Martna_vallavalitsus, lk 23
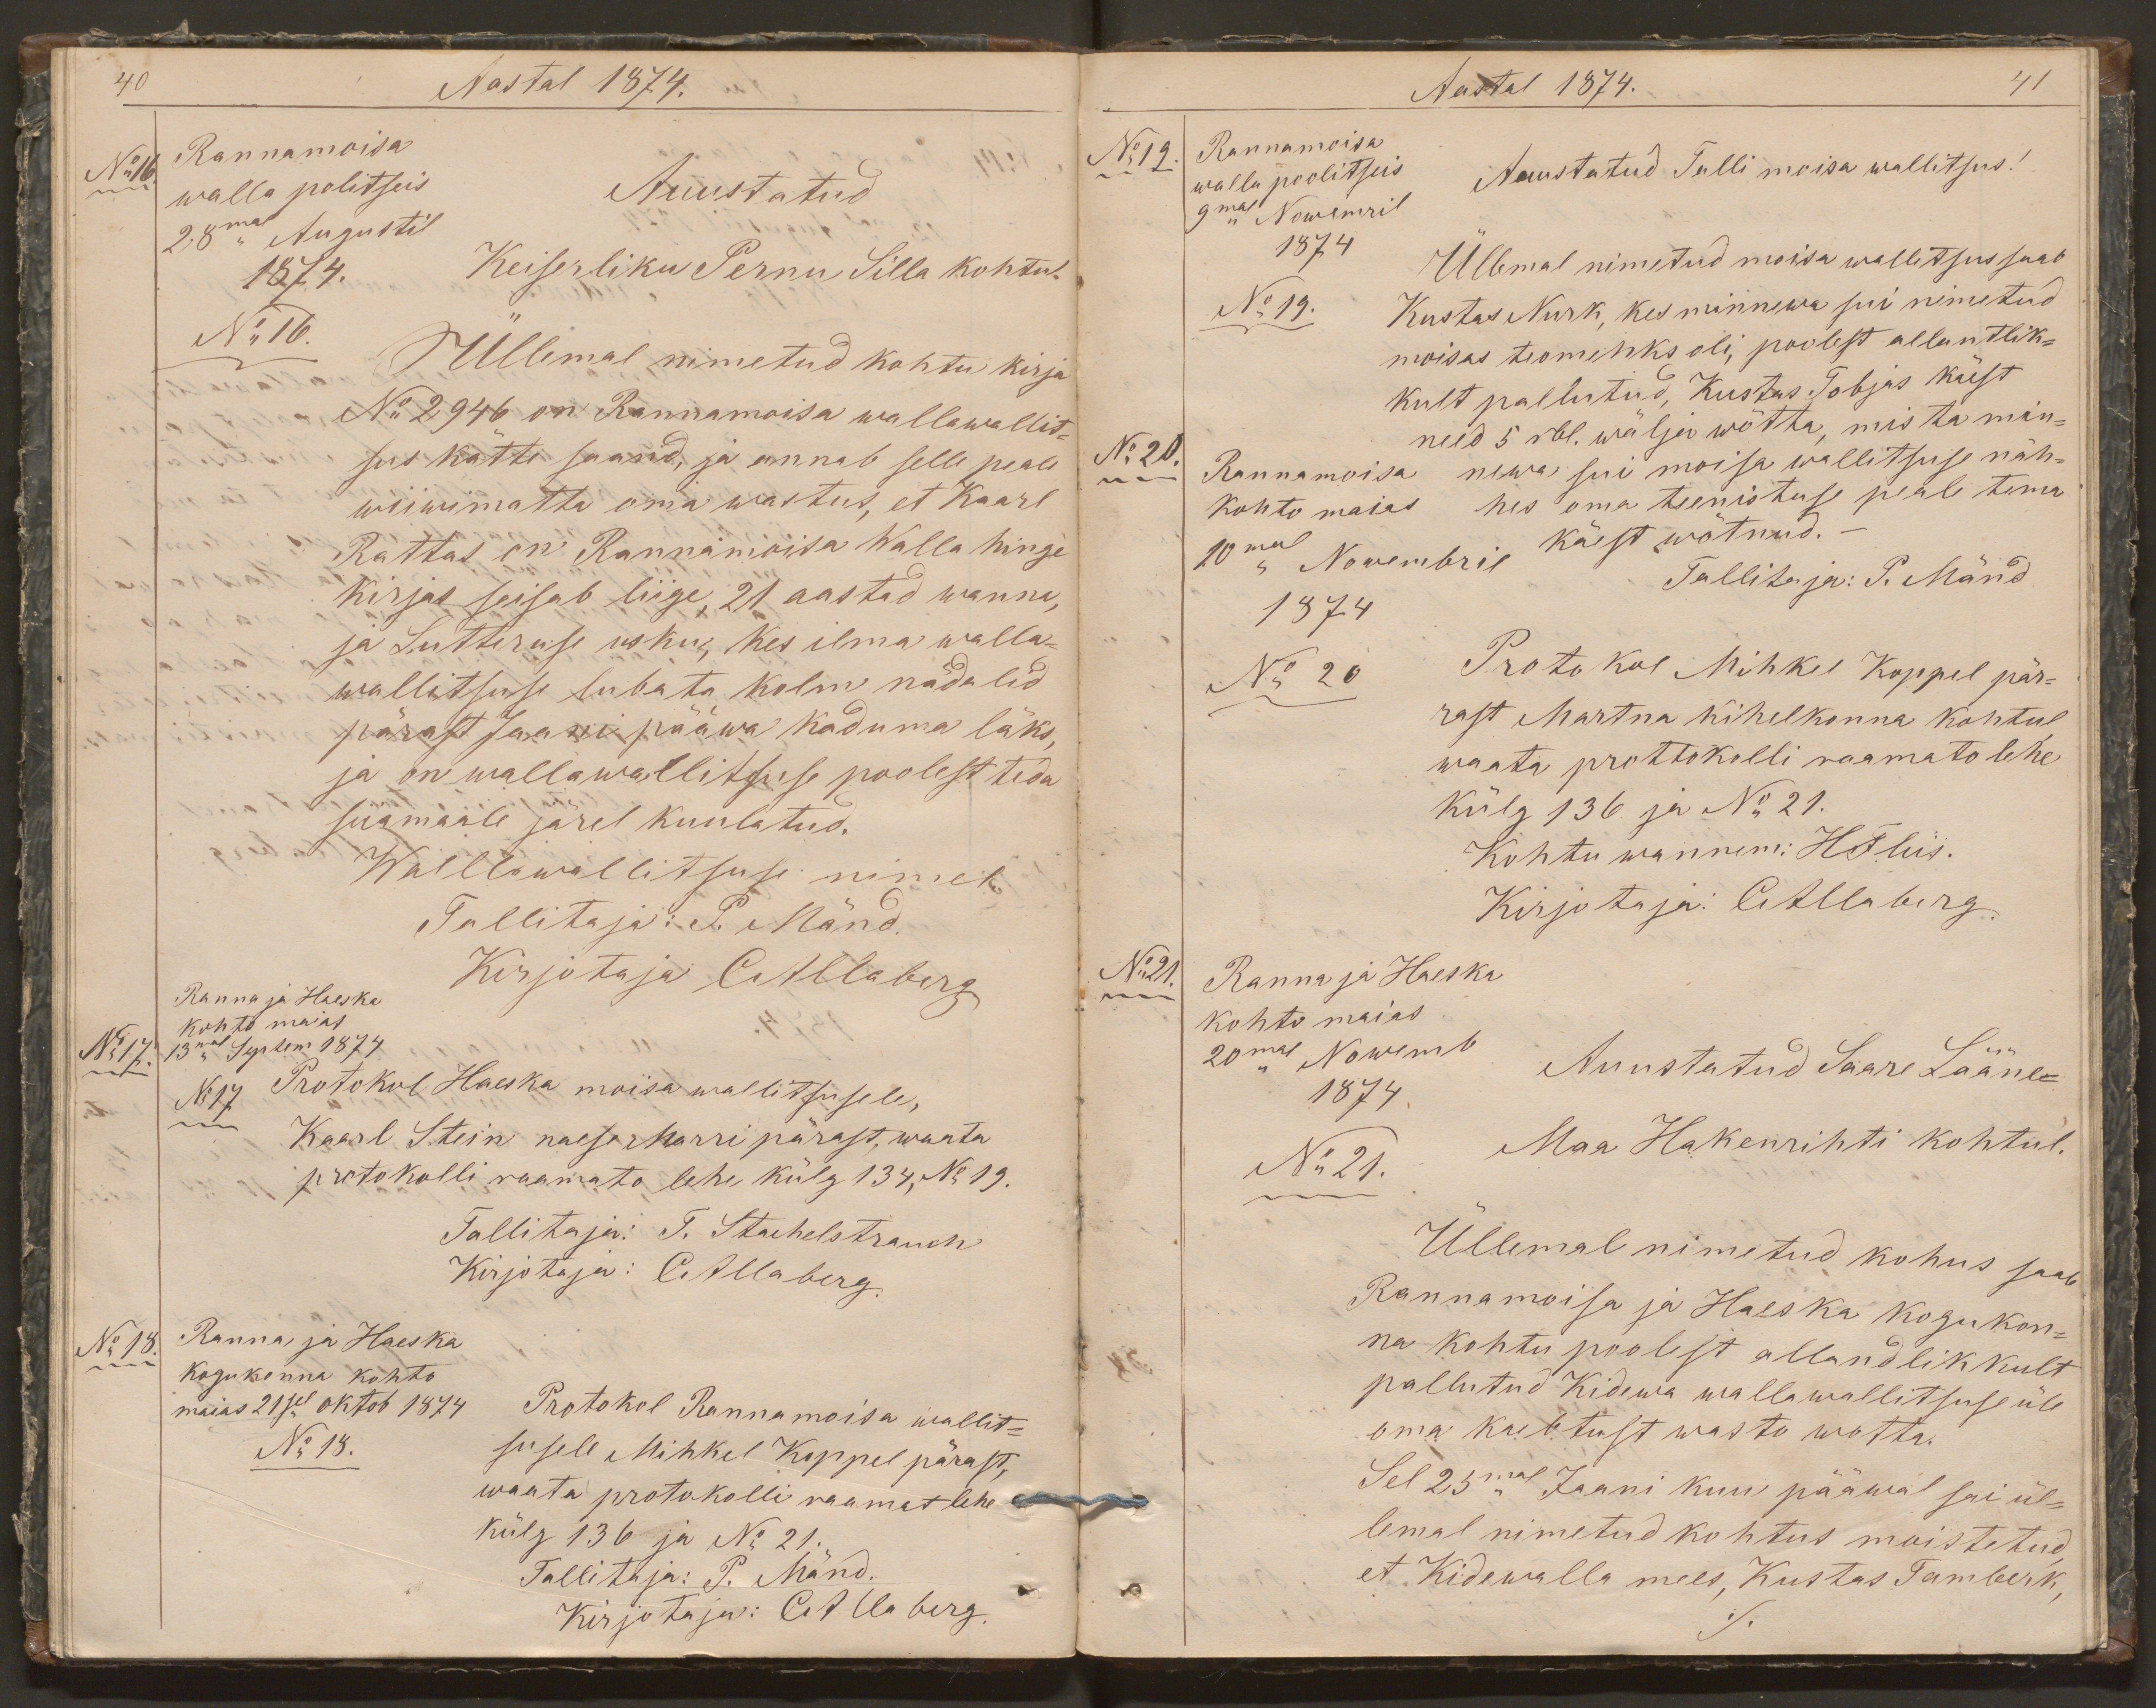
40
Aastal 1874.
No16.
Rannamoisa
walla politseis
Auustatud
28mal Augustil
1874.
Keiserliku Pernu Silla kohtul
No 16.
Üllemal nimetud kohtu kirja
Nr 2946 on Rannamoisa wallawallit-
sus kätte saand, ja annab selle peale
wiiwimatta oma wastus, et Kaarl
Rattas on Rannamoisa Walla hinge
kirjas seisab liige, 21 aastad wanna,
ja Lutteruse usku, kes ilma walla-
wallitsuse lubata kolm nädalid
pärast Jaani pääwa kaduma läks,
ja on wallawallitsuse poolest teda
siiamaale järel kuulatud.
Wallawalitsuse nimel
Tallitaja: P. Mänd.
Ranna ja Haeska
Kirjotaja CAllaberg
No17.
kohto majas
13mal Septem 1874
No17
Protokol Haeska moisa wallitsusele,
Kaarl Stein naese Marri pärast, waata
protokolli raamato lehe külg 134, No 19.
Tallitaja: T. Stachelstrauch
Kirjotaja: CAllaberg.
No 18.
Ranna ja Haeska
kogukonna kohto
maias 21sel oktob 1874
Protokol Rannamoisa wallit-
No 18.
susele Mihkel Koppel pärast,
waata protokolli raamat lehe
külg 136 ja No 21.
Tallitaja: P. Mänd.
Kirjotaja: CAllaberg.

Aastal 1874.
41
Rannamoisa
No19.
walla poolitseis
Auustatud Talli moisa wallitsus!
9mal Nowemril
1874
Üllemal nimetud moisa wallitsus saab
No 19.
Kustas Nurk, kes minnewa sui nimetud
moisas teomehks oli, poolest allantlik-
kult pallutud, Kustas Tobjas käest
need 5 rbl. wälja wõtta, mis ta min-
Rannamoisa
No 20.
newa, sui moisa wallitsuse näh-
kohto maias
hes oma teenistuse peale tema
10mal Nowembril
käest wõtnud. -
Tallitaja: P. Mänd
1874
No 20
Protokol Mihkel Koppel pär-
rast Martna kihelkonna kohtul,
waata prottokolli raamato lehe
külg 136 ja No 21.
Kohtu wannem: HFliis.
Kirjotaja: CAllaberg.
Ranna ja Haeska
No21.
kohto maias
20mal Nowemb
Auustatud Saare Lääne-
1874
No 21.
Maa Hakenrihti kohtul.
Üllemal nimetud kohus saab
Rannamoisa ja Haeska kogukon-
na kohtu poolest allandlikkult
pallutud Kidewa wallawallitsuse üle
oma kaebtust wasto wotta.
Sel 25mal Jaani kuu pääwal sai ül-
lemal nimetud kohtus moistetud,
et Kidewalla mees, Kustas Tamberk,